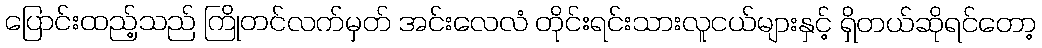
ပြောင်းထည့်သည် ကြိုတင်လက်မှတ် အင်းလေလံ တိုင်းရင်းသားလူငယ်များနှင့် ရှိတယ်ဆိုရင်တော့